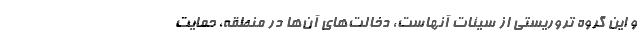
و این گروه تروریستی از سیئات آنهاست، دخالت‌های آن‌ها در منطقه، حمایت‌